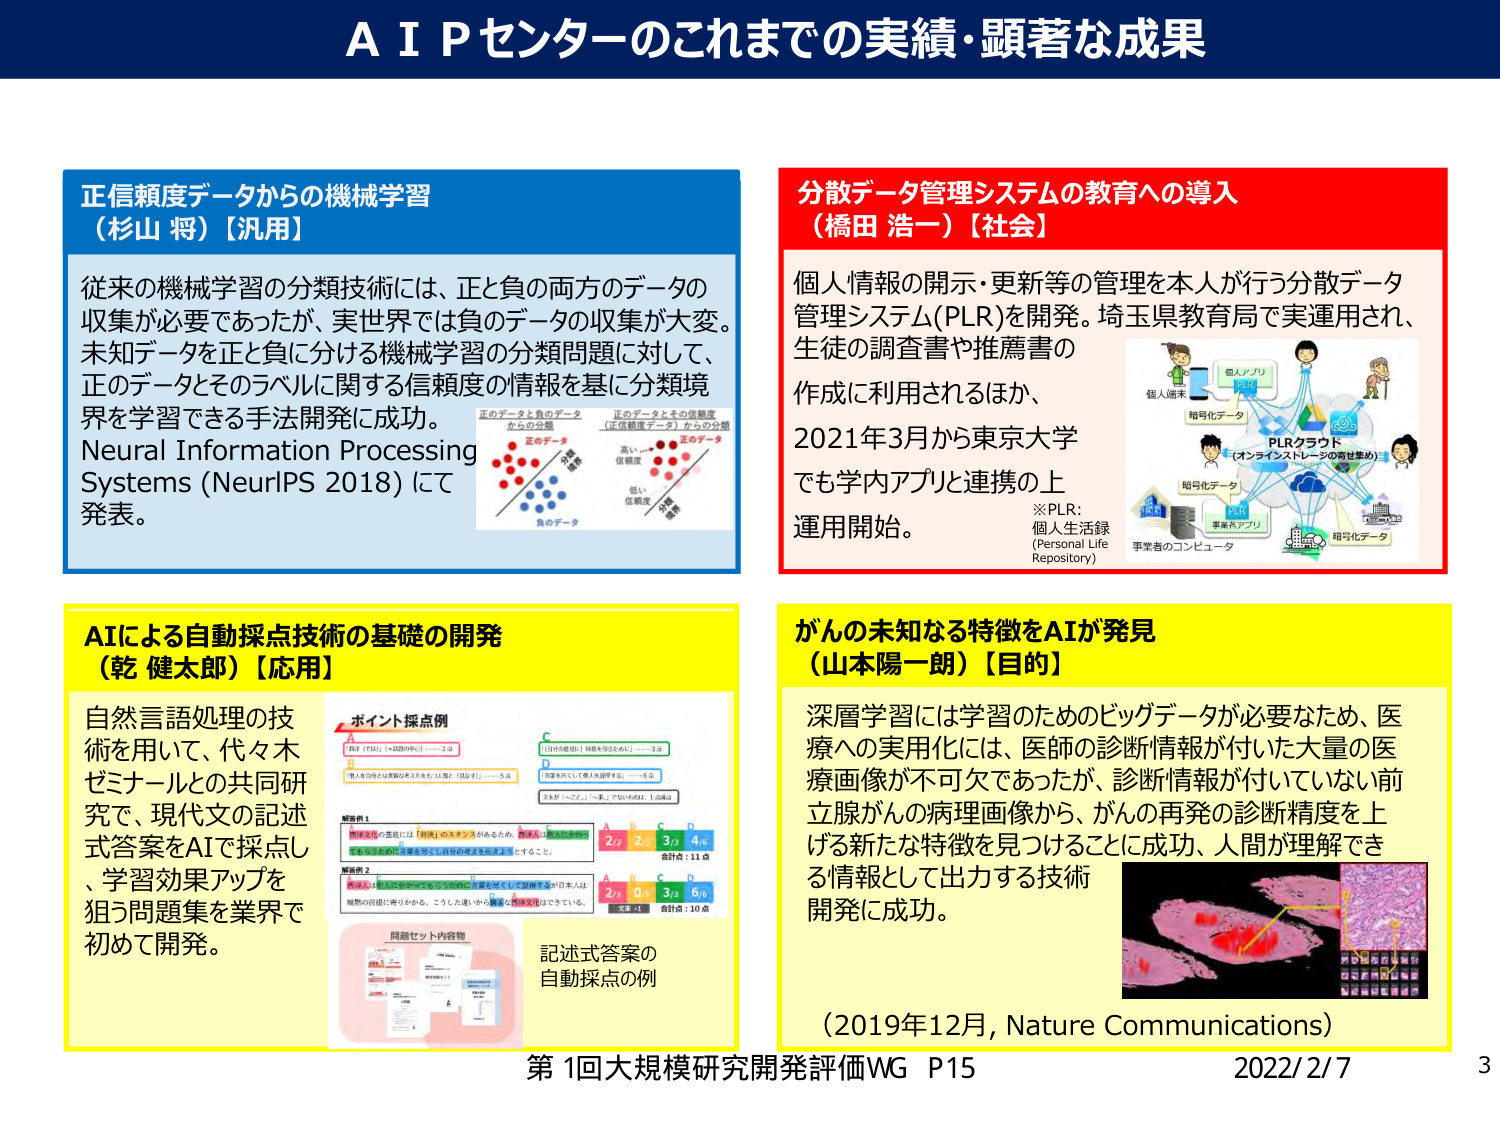
A I Pセンターのこれまでの実績・顕著な成果

正信頼度データからの機械学習
（杉山 将）【汎用】

従来の機械学習の分類技術には、正と負の両方のデータの
収集が必要であったが、実世界では負のデータの収集が大変。
未知データを正と負に分ける機械学習の分類問題に対して、
正のデータとそのラベルに関する信頼度の情報を基に分類境
界を学習できる手法開発に成功。
Neural Information Processing
Systems (NeurIPS 2018)にて
発表。

正のデータと負のデータ
からの分類
正のデータ
負のデータ
分類境界

正のデータとその信頼度
（正信頼度データ）からの分類
正のデータ
高い信頼度
低い信頼度
分類境界

分散データ管理システムの教育への導入
（橋田 浩一）【社会】

個人情報の開示・更新等の管理を本人が行う分散データ
管理システム(PLR)を開発。埼玉県教育局で実運用され、
生徒の調査書や推薦書の
作成に利用されるほか、
2021年3月から東京大学
でも学内アプリと連携の上
運用開始。

※PLR:
個人生活録
(Personal Life
Repository)

個人端末
個人アプリ
PLR
暗号化データ
PLRクラウド
（オンラインストレージの寄せ集め）
暗号化データ
事業者アプリ
事業者のコンピュータ
暗号化データ

AIによる自動採点技術の基礎の開発
（乾 健太郎）【応用】

自然言語処理の技
術を用いて、代々木
ゼミナールとの共同研
究で、現代文の記述
式答案をAIで採点し
、学習効果アップを
狙う問題集を業界で
初めて開発。

ポイント採点例
「西」（「は」）→「西の向こう」……2点
「」……3点
「他人自身の主観的な考えを他人に強要（強迫する）」……5点
「」……6点
「うまく「～ごと」「～事」でないかの如し」1.5点

解答例1
「和食文化の基底には「和食」のスタンスがあるため、和食を、日本文化の象徴
と見なすのが自然であると考える。」
A 2/3 2/3 3/3 4/6
合計点：11点

解答例2
「和食文化は、日本の伝統的な食文化の一つとして、日本が日本人は
極限の技術に寄りかか、こうした違いから、和食文化はできている。」
A 2/3 0/3 3/3 6/6
合計点：10点

同題セット内容物

記述式答案の
自動採点の例

がんの未知なる特徴をAIが発見
（山本陽一朗）【目的】

深層学習には学習のためのビッグデータが必要なため、医
療への実用化には、医師の診断情報が付いた大量の医
療画像が不可欠であったが、診断情報が付いていない前
立腺がんの病理画像から、がんの再発の診断精度を上
げる新たな特徴を見つけることに成功、人間が理解でき
る情報として出力する技術
開発に成功。

（2019年12月, Nature Communications）

第1回大規模研究開発評価WG P15
2022/2/7
3